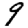
Digit: 9